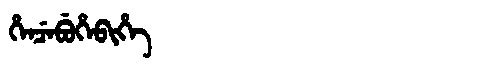
Manchu: ᡥᡝᠨᠴᡝᠪᡠᡥᡝᠪᡳᡥᡝ
Romanization: HENCEBUHEBIHE